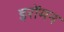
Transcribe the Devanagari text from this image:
इरोंमन